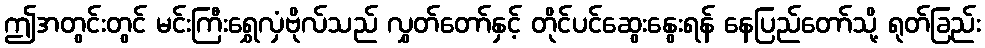
ဤအတွင်းတွင် မင်းကြီးရွှေလှံဗိုလ်သည် လွှတ်တော်နှင့် တိုင်ပင်ဆွေးနွေးရန် နေပြည်တော်သို့ ရုတ်ခြည်း